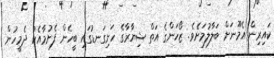
ކައިރިން އެމޫނަށް ބަލާލުމަށެވެ. ޒޯހަންގެ އަތް ޝިޔާރާގެ ހަށިގަނޑުގައި ބީހެން ފެށުމާއެކު ދެމީހުން